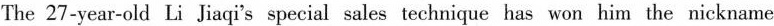
The 27-year-old LiJiaqi'sspecialsales technique has won him the nickname